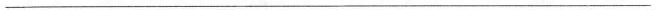
___